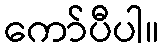
ကော်ပီပါ။